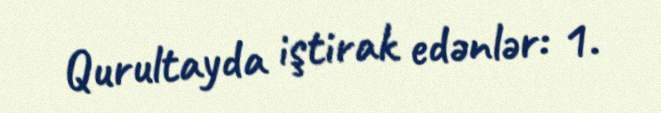
Qurultayda iştirak edənlər: 1.